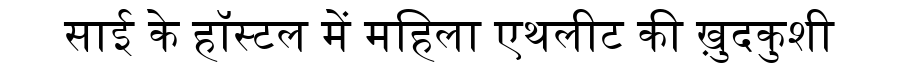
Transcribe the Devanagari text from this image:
साई के हॉस्टल में महिला एथलीट की ख़ुदकुशी